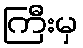
ကြီးမှ